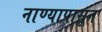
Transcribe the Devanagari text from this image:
नाण्यापासून